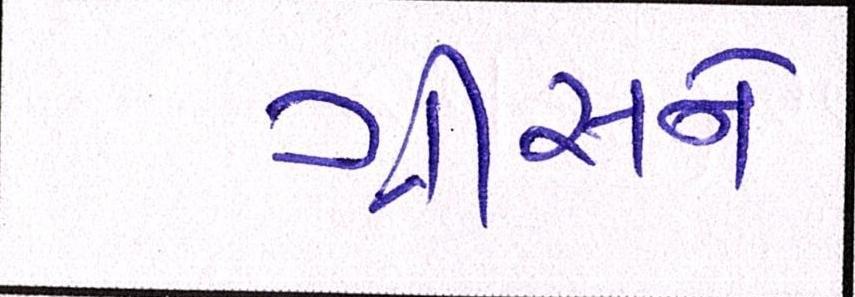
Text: ગ્રીસને